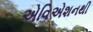
એવિએશનથી